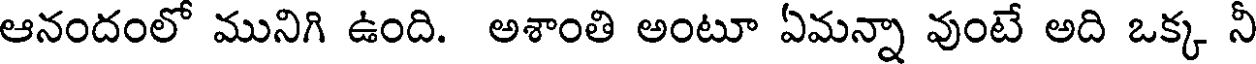
ఆనందంలో మునిగి ఉంది. అశాంతి అంటూ ఏమన్నా వుంటే అది ఒక్క నీ